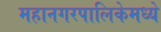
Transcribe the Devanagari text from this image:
महानगरपालिकेमध्ये